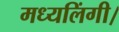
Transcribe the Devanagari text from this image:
मध्यलिंगी।